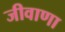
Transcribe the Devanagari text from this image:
जीवाणा